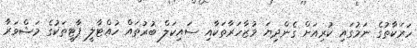
ހަރަކާތުގެ ނަމުގައި ކުރިއަށް ގެންދިޔަ މުޒާހަރާތަކާއި ސައިކަލް ބުރުތައް ހުއްޓާލީ ޕާޓީތަކުގެ މަޝްވަރާ